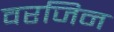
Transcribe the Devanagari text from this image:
वरजिन